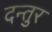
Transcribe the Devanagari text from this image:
दन्तुर